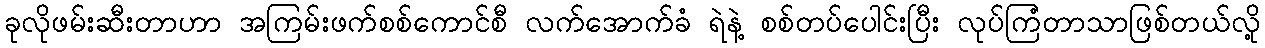
ခုလိုဖမ်းဆီးတာဟာ အကြမ်းဖက်စစ်ကောင်စီ လက်အောက်ခံ ရဲနဲ့ စစ်တပ်ပေါင်းပြီး လုပ်ကြံတာသာဖြစ်တယ်လို့